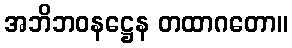
အဘိဘဝနဋ္ဌေန တထာဂတော။